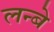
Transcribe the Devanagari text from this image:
लन्बे